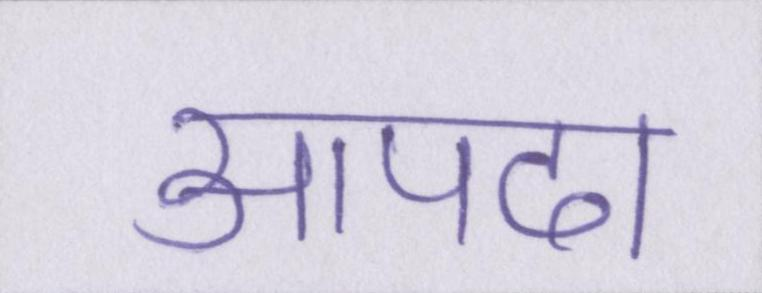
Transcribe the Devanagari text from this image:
आपदा